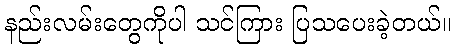
နည်းလမ်းတွေကိုပါ သင်ကြား ပြသပေးခဲ့တယ်။